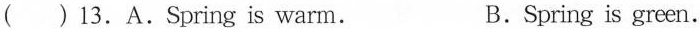
( )13.A.Spring is warm. B.Spring is green.